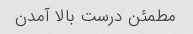
مطمئن درست بالا آمدن